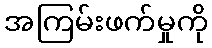
အကြမ်းဖက်မှုကို